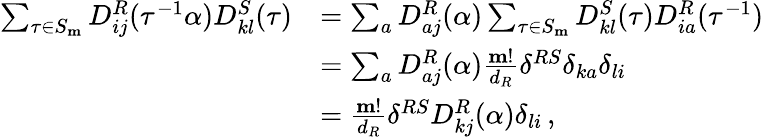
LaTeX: \begin{array}{rl}{\sum_{\tau\in S_{\mathbf{m}}}D_{ij}^{R}(\tau^{-1}\alpha)D_{kl}^{S}(\tau)}&{=\sum_{a}D_{aj}^{R}(\alpha)\sum_{\tau\in S_{\mathbf{m}}}D_{kl}^{S}(\tau)D_{ia}^{R}(\tau^{-1})}\\ &{=\sum_{a}D_{aj}^{R}(\alpha)\frac{\mathbf{m}!}{d_{R}}\delta^{RS}\delta_{ka}\delta_{li}}\\ &{=\frac{\mathbf{m}!}{d_{R}}\delta^{RS}D_{kj}^{R}(\alpha)\delta_{li}\, ,}\end{array}